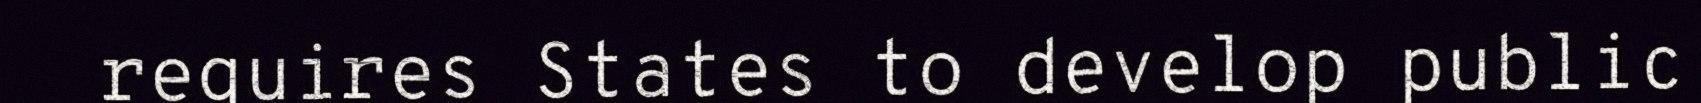
requires States to develop public